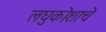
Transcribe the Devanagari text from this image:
लघुकोशाचे